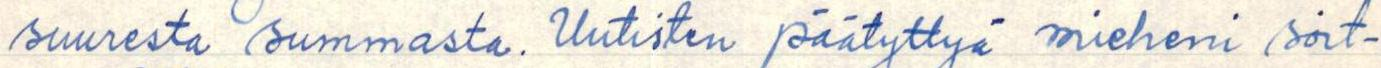
suuresta summasta. Uutisten päätyttyä mieheni soit-